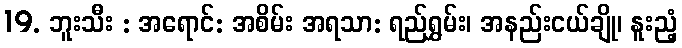
19. ဘူးသီး : အရောင်: အစိမ်း အရသာ: ရည်ရွှမ်း၊ အနည်းငယ်ချို၊ နူးညံ့